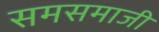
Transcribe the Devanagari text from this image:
समसमाजी